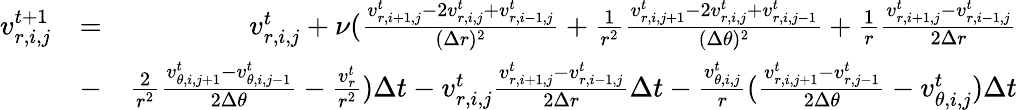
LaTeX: \begin{array}{rlr}{v_{r,i,j}^{t+1}}&{=}&{v_{r,i,j}^{t}+\nu(\frac{v_{r,i+1,j}^{t}-2v_{r,i,j}^{t}+v_{r,i-1,j}^{t}}{(\Delta r)^{2}}+\frac{1}{r^{2}}\frac{v_{r,i,j+1}^{t}-2v_{r,i,j}^{t}+v_{r,i,j-1}^{t}}{(\Delta\theta)^{2}}+\frac{1}{r}\frac{v_{r,i+1,j}^{t}-v_{r,i-1,j}^{t}}{2\Delta r}}\\ &{-}&{\frac{2}{r^{2}}\frac{v_{\theta,i,j+1}^{t}-v_{\theta,i,j-1}^{t}}{2\Delta\theta}-\frac{v_{r}^{t}}{r^{2}})\Delta t-v_{r,i,j}^{t}\frac{v_{r,i+1,j}^{t}-v_{r,i-1,j}^{t}}{2\Delta r}\Delta t-\frac{v_{\theta,i,j}^{t}}{r}(\frac{v_{r,i,j+1}^{t}-v_{r,j-1}^{t}}{2\Delta\theta}-v_{\theta,i,j}^{t})\Delta t}\end{array}